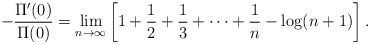
\begin{align*} -\frac{\Pi^\prime(0)}{\Pi(0)}=\lim\limits_{n\to\infty} \left[1+\frac{1}{2}+\frac{1}{3}+\cdots+\frac{1}{n}-\log(n+1)\right].\end{align*}